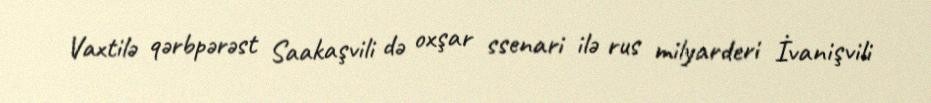
Vaxtilə qərbpərəst Saakaşvili də oxşar ssenari ilə rus milyarderi İvanişvili